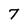
Character: 7